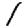
Digit: 1